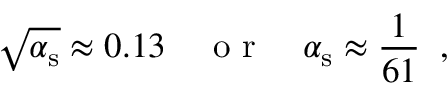
\sqrt { \alpha _ { \mathrm { s } } } \approx 0 . 1 3 \quad \mathrm { ~ o ~ r ~ } \quad \alpha _ { \mathrm { s } } \approx \frac { 1 } { 6 1 } \; \; ,